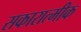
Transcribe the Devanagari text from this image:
सकारात्मीक